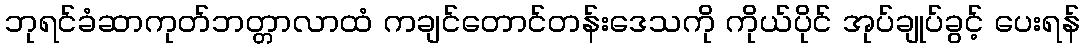
ဘုရင်ခံဆာကုတ်ဘတ္တာလာထံ ကချင်တောင်တန်းဒေသကို ကိုယ်ပိုင် အုပ်ချုပ်ခွင့် ပေးရန်